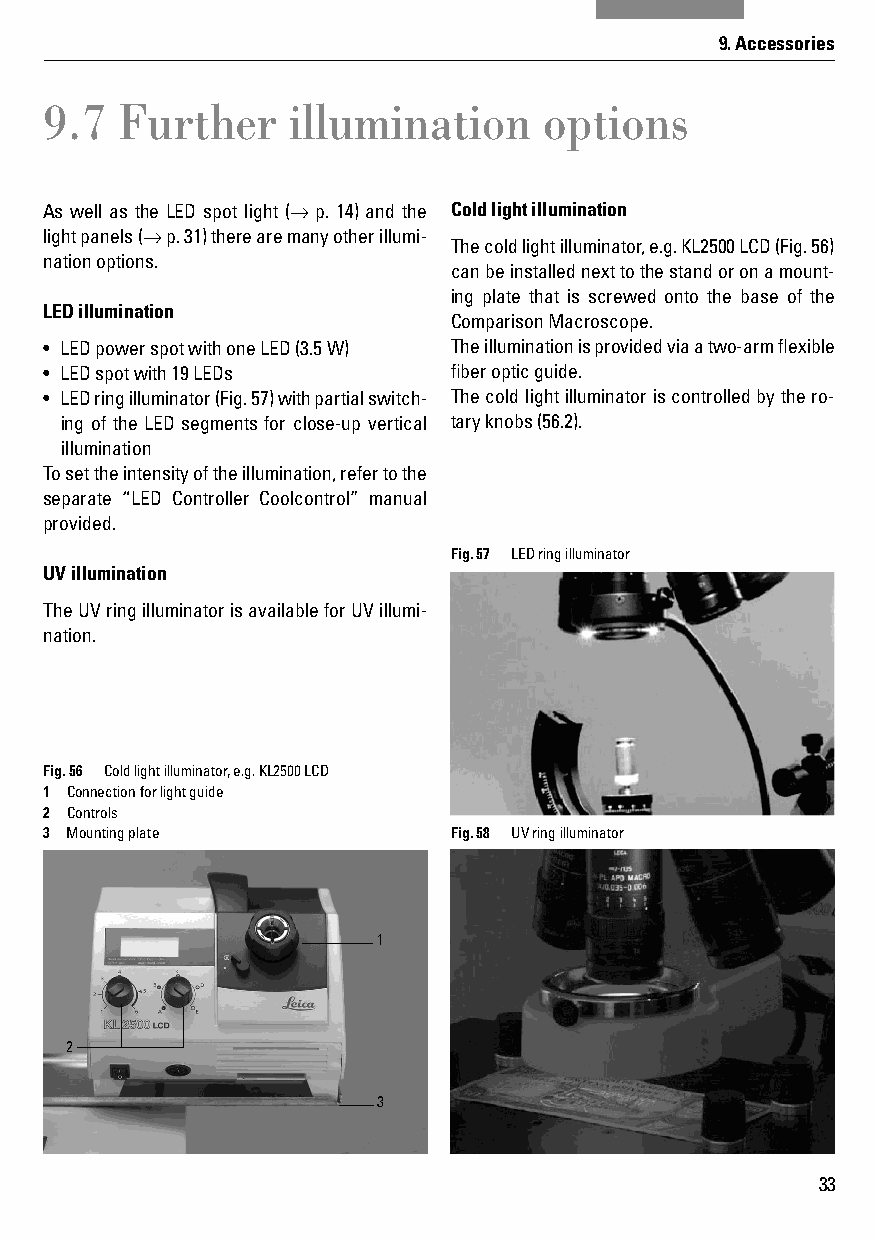
9. Accessories
 9.7  Further    illumination     options
 As well as the LED spot light (→ p. 14) and the Cold light illumination
 light panels (→ p. 31) there are many other illumi-
 The cold light illuminator, e.g. KL2500 LCD (Fig. 56)
 nation options.
 can be installed next to the stand or on a mount-
 ing plate that is screwed onto the base of the
 LED illumination
 Comparison Macroscope.
 • LED power spot with one LED (3.5 W) The illumination is provided via a two-arm fl exible
 • LED spot with 19 LEDs    fi ber optic guide.
 • LED ring illuminator (Fig. 57) with partial switch- The cold light illuminator is controlled by the ro-
 ing of the LED segments for close-up vertical tary knobs (56.2).
 illumination
 To set the intensity of the illumination, refer to the
 separate “LED Controller Coolcontrol” manual
 provided.
 Fig. 57 LED ring illuminator
 UV illumination
 The UV ring illuminator is available for UV illumi-
 nation.
 Fig. 56 Cold light illuminator, e.g. KL2500 LCD
 1 Connection for light guide
 2 Controls
 3 Mounting plate           Fig. 58 UV ring illuminator
 1
 2
 3
 33